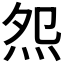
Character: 𤇘